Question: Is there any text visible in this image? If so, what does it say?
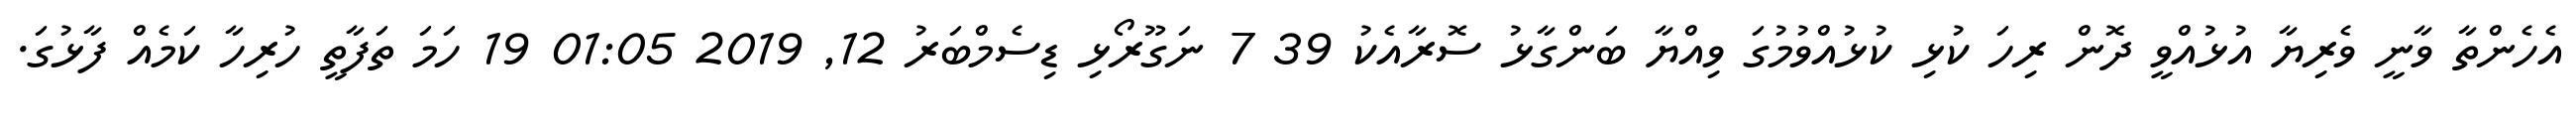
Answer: އެހެންތާ ވާނީ ވެރިޔާ އުޅުއްވީ ދޮން ރިހަ ކުޅި ކުޅުއްވުމުގަ ވިއްޔާ ބަންގާޅު ސޮރާއެކު 39 7 ނަގޫރޯޅި ޑިސެމްބަރު 12, 2019 01:05 19 ހަމަ ތަފާތީ ހުރިހާ ކަމެއް ފާޅުގަ.